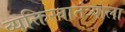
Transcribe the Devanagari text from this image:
व्यक्तिस्वातंत्र्याला